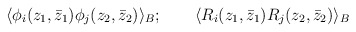
\begin{align*}\langle \phi _i(z_1,\bar{z}_1)\phi _j(z_2,\bar{z}_2)\rangle _B;\qquad\langle R_i(z_1,\bar{z}_1)R_j(z_2,\bar{z}_2)\rangle _B \end{align*}